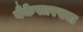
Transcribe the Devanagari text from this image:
बँकेसारख्या